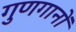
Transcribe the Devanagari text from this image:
गुणगानों